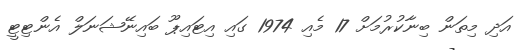
އަދި މިތަން ބިނާކުރުމަށް 17 މެއި 1974 ގައި އިޓައިޕޫ ބައިނޭޝަނަލް އެންޓިޓީ